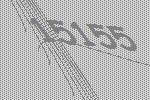
15155